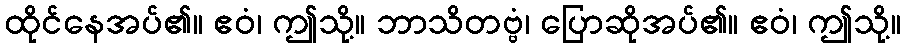
ထိုင်နေအပ်၏။ ဧဝံ၊ ဤသို့။ ဘာသိတဗ္ဗံ၊ ပြောဆိုအပ်၏။ ဧဝံ၊ ဤသို့။